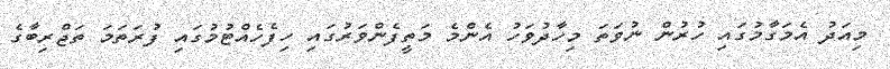
މިއަދު އެމަގާމުގައި ހުރުން ނުވަތަ މިހާދުވަހު އެންމެ މަތީފެންވަރުގައި ހިފެހެއްޓުމުގައި ފުރަތަމަ ތަޖްރިބާގެ